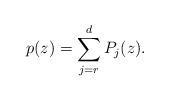
LaTeX: \begin{align*}p(z) = \sum_{j=r}^{d} P_j(z).\end{align*}